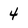
Character: 4